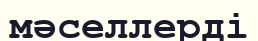
мәселлерді